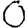
Digit: 0